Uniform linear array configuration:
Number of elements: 24
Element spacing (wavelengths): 0.25
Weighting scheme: binomial
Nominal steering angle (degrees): -45
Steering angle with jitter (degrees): -46.374
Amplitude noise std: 0.05
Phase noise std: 0.05

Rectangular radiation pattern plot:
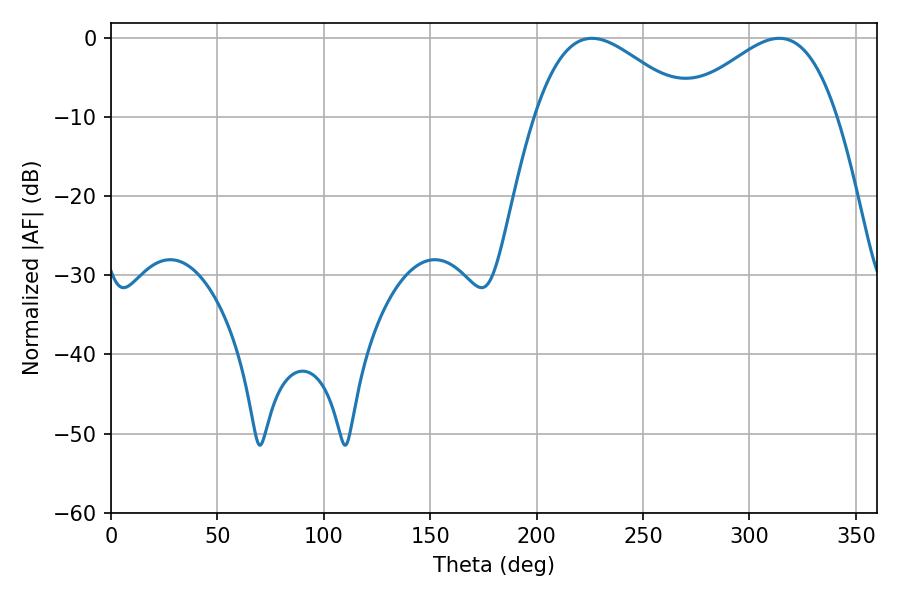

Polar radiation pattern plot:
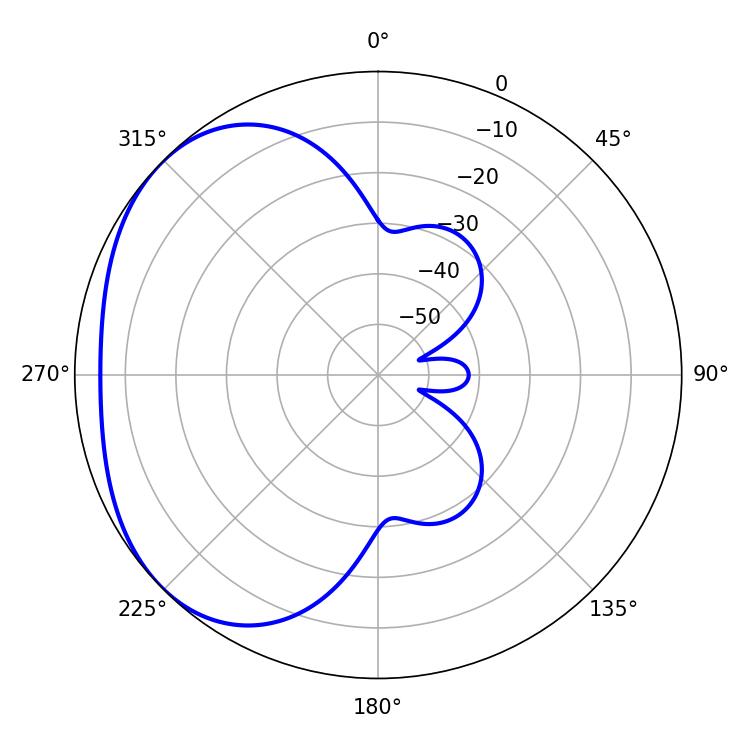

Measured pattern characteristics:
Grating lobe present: FALSE
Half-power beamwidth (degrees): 39.42
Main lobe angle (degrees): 225.9